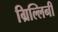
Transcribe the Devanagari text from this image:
ग्रिल्लिनी